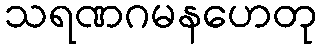
သရဏဂမနဟေတု